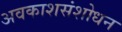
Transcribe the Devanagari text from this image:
अवकाशसंशोधन